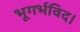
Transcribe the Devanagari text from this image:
भूगर्भविद।